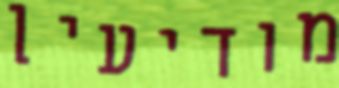
מודיעין